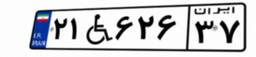
۲۱W۶۲۶۳۷